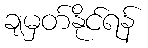
ချမှတ်နိုင်ရန်